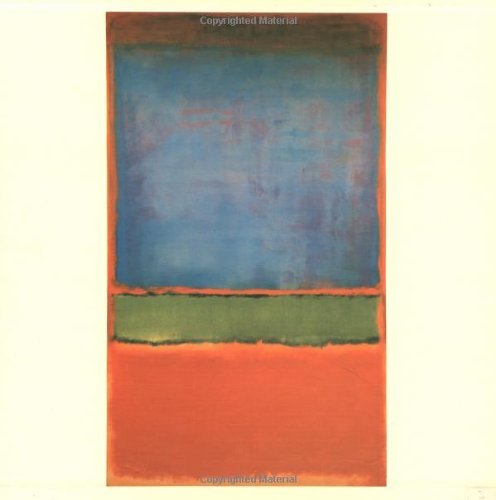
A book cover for Mark Rothko: The Works on Canvas (Yale Language); David Anfam; Arts & Photography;